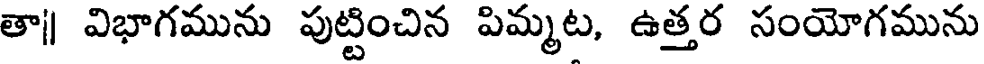
తా| విభాగమును పుట్టించిన పిమ్మట, ఉత్తర సంయోగమును